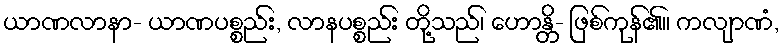
ယာဏလာနာ- ယာဏပစ္စည်း, လာနပစ္စည်း တို့သည်၊ ဟောန္တိ- ဖြစ်ကုန်၏။ ကလျာဏံ,